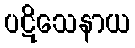
ပဋိသေနာယ